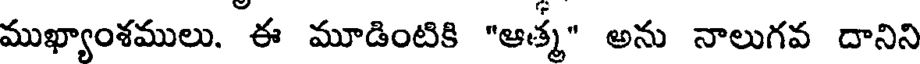
ముఖ్యాంశములు. ఈ మూడింటికి "ఆత్మ" అను నాలుగవ దానిని